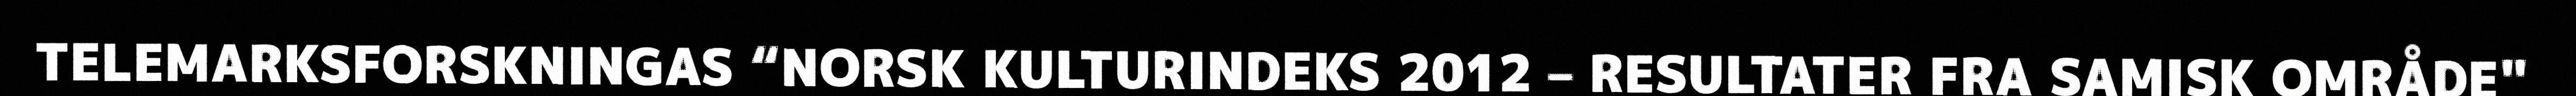
TELEMARKSFORSKNINGAS “NORSK KULTURINDEKS 2012 – RESULTATER FRA SAMISK OMRÅDE"